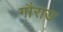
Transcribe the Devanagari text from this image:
गौराउ